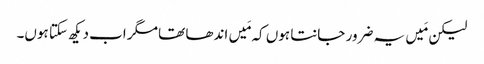
‏ لیکن مَیں یہ ضرور جانتا ہوں کہ مَیں اندھا تھا مگر اب دیکھ سکتا ہوں۔